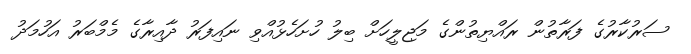
ސަރުކާރުގެ ފަރާތުން ރައްޔިތުންގެ މަޖިލީހަށް ބިލު ހުށަހެޅުއްވި ނައިފަރު ދާއިރާގެ މެމްބަރު އަހުމަދު